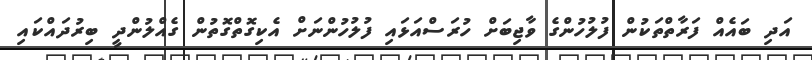
އަދި ބައެއް ފަރާތްތަކުން ފުލުހުންގެ ވާޖިބަށް ހުރަސްއަޅައި ފުލުހުންނަށް އެކިގޮތްގޮތުން ގެއްލުންދީ ބިރުދައްކައި